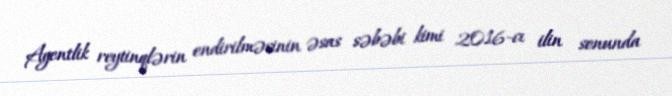
Agentlik reytinqlərin endirilməsinin əsas səbəbi kimi 2016-cı ilin sonunda